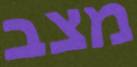
מצב